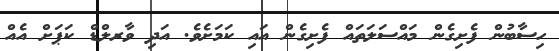
ހިސާބުން ފެށިގެން މައްސަލަތައް ފެށިގެން އައި ކަމަށެވެ. އަދި ވާރލްޑް ކަޕަށް އެއް